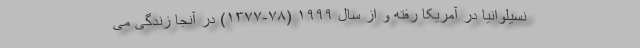
نسیلوانیا در آمریکا رفته و از سال ۱۹۹۹ (۷۸-۱۳۷۷) در آنجا زندگی می